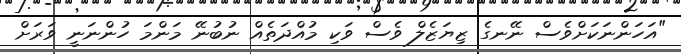
"އަހަންނަކަށްވެސް ނޭނގެ ޒިޔަޒެލް ވެސް ވަކި މުއްދަތެއް ނުބުނޭ މަންމަ ހުންނަނީ ވަރަށް